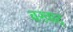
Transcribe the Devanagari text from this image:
बरवाद